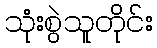
သုံးစွဲသူတိုင်း